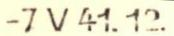
-7 V 41. 12.